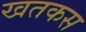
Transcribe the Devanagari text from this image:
खतकस